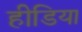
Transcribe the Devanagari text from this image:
हीडिया